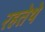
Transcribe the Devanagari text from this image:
रहतेथे